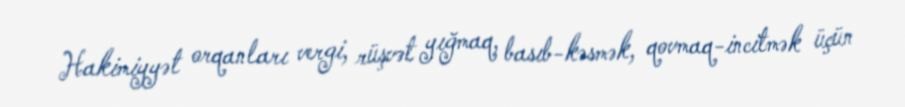
Hakimiyyət orqanları vergi, rüşvət yığmaq, basıb-kəsmək, qovmaq-incitmək üçün